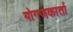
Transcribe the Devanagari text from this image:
योगजकार्ता